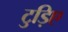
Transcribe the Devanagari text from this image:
टुड़िए